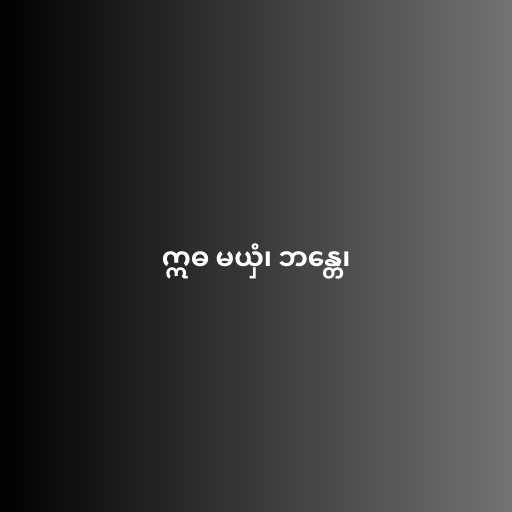
ဣဓ မယှံ၊ ဘန္တေ၊